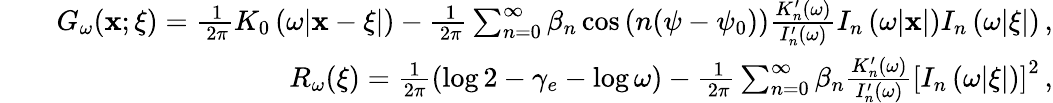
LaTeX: \begin{array}{rlr}&{}&{G_{\omega}({\mathbf x};{\mathbf\xi})=\frac{\, 1}{\, 2\pi}K_{0}\left(\omega|{\mathbf x}-{\mathbf\xi}|\right)-\frac{\, 1}{\, 2\pi}\sum_{n=0}^{\infty}\beta_{n}\cos\left(n(\psi-\psi_{0})\right)\frac{K_{n}^{\prime}(\omega)}{I_{n}^{\prime}(\omega)}I_{n}\left(\omega|{\mathbf x}|\right)I_{n}\left(\omega|{\mathbf\xi}|\right)\, ,}\\ &{}&{R_{\omega}({\mathbf\xi})=\frac{1}{2\pi}\left(\log{2}-\gamma_{e}-\log{\omega}\right)-\frac{\, 1}{\, 2\pi}\sum_{n=0}^{\infty}\beta_{n}\frac{K_{n}^{\prime}(\omega)}{I_{n}^{\prime}(\omega)}\left[I_{n}\left(\omega|{\mathbf\xi}|\right)\right]^{2}\, ,}\end{array}